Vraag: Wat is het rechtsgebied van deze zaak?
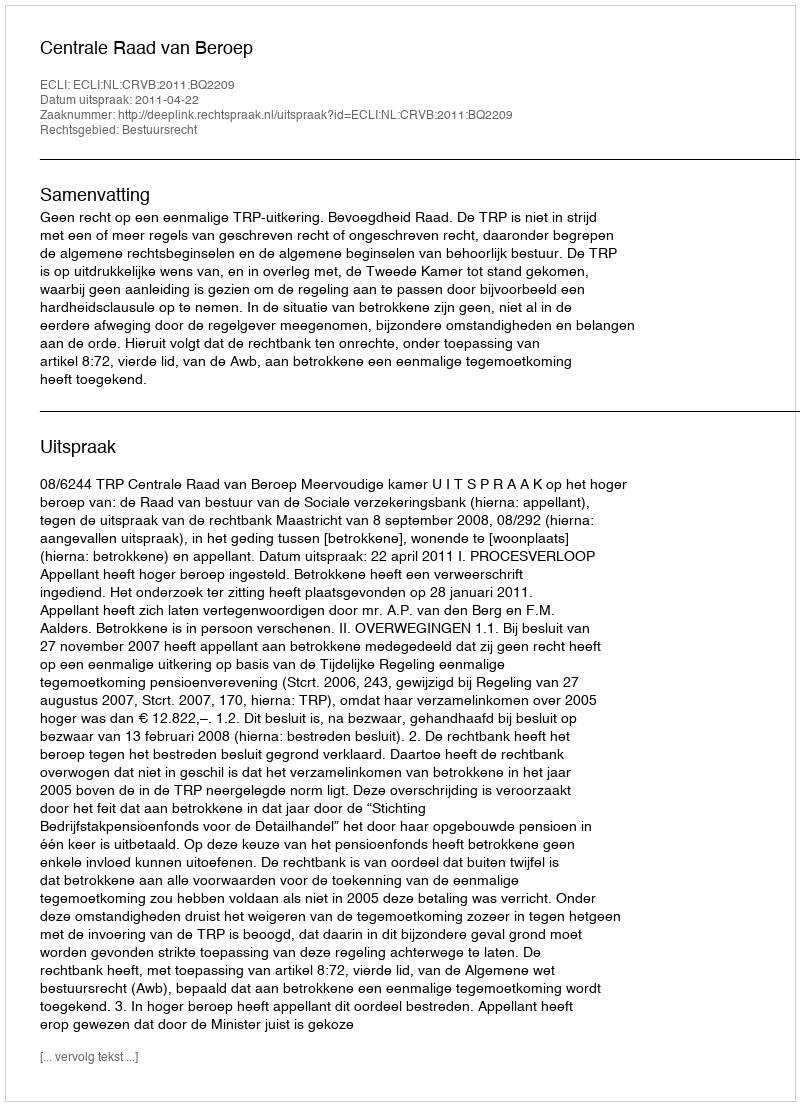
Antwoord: Bestuursrecht